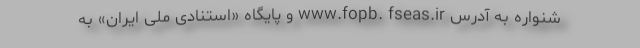
شنواره به آدرس www.fopb. fseas.ir و پایگاه «استنادی ملی ایران» به